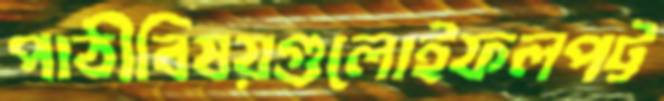
পাঠীবিষয়গুলোইফলপট্ট